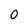
Character: 0